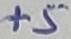
Text: +5